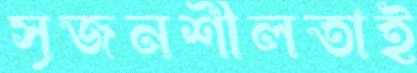
সৃজনশীলতাই